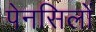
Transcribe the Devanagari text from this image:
पेनसिलों